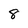
Character: 8